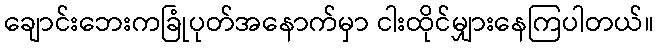
ချောင်းဘေးကခြုံပုတ်အနောက်မှာ ငါးထိုင်မျှားနေကြပါတယ်။